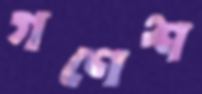
গণেশ